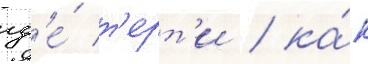
гд'е́ т'ерт'и / ка́к